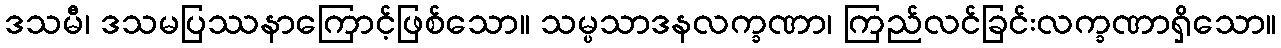
ဒသမီ၊ ဒသမပြဿနာကြောင့်ဖြစ်သော။ သမ္ပသာဒနလက္ခဏာ၊ ကြည်လင်ခြင်းလက္ခဏာရှိသော။